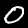
Digit: 0